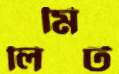
লিমিট